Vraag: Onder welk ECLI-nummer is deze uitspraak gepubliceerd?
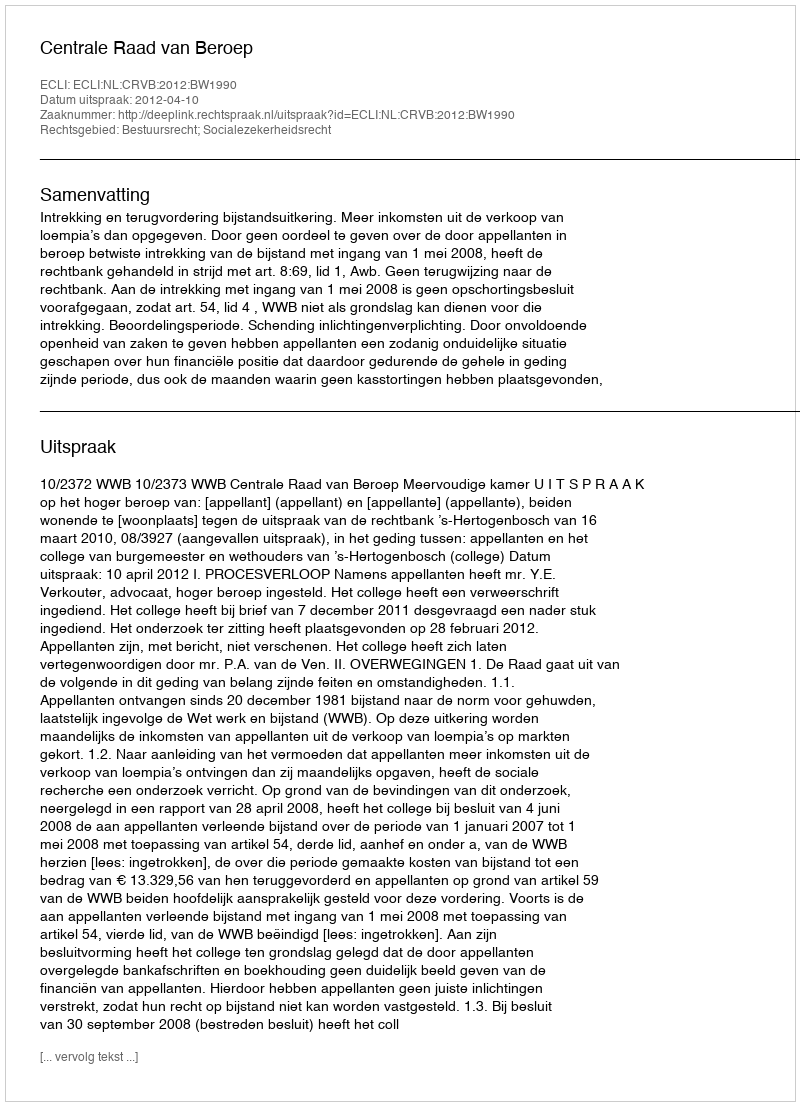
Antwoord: ECLI:NL:CRVB:2012:BW1990